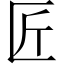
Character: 匠